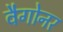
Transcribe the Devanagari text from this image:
वैगोनर